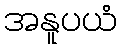
အနူပယံ